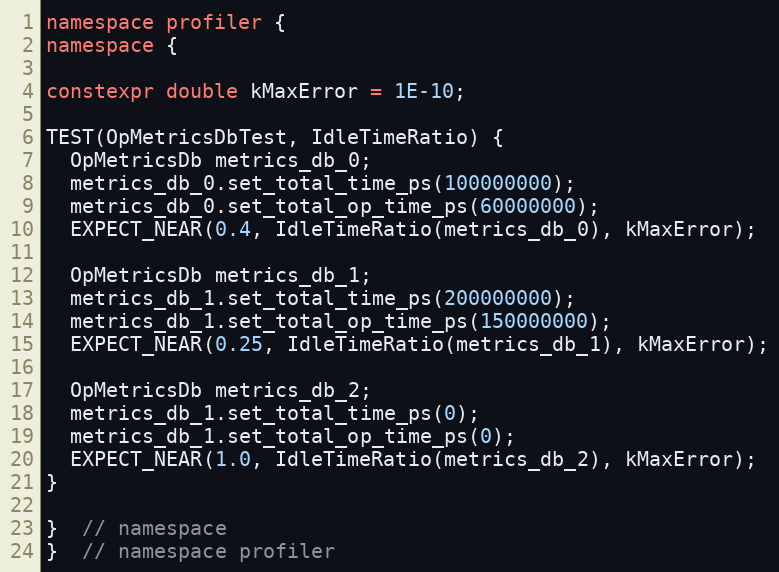
Language: C++
namespace profiler {
namespace {

constexpr double kMaxError = 1E-10;

TEST(OpMetricsDbTest, IdleTimeRatio) {
  OpMetricsDb metrics_db_0;
  metrics_db_0.set_total_time_ps(100000000);
  metrics_db_0.set_total_op_time_ps(60000000);
  EXPECT_NEAR(0.4, IdleTimeRatio(metrics_db_0), kMaxError);

  OpMetricsDb metrics_db_1;
  metrics_db_1.set_total_time_ps(200000000);
  metrics_db_1.set_total_op_time_ps(150000000);
  EXPECT_NEAR(0.25, IdleTimeRatio(metrics_db_1), kMaxError);

  OpMetricsDb metrics_db_2;
  metrics_db_1.set_total_time_ps(0);
  metrics_db_1.set_total_op_time_ps(0);
  EXPECT_NEAR(1.0, IdleTimeRatio(metrics_db_2), kMaxError);
}

}  // namespace
}  // namespace profiler